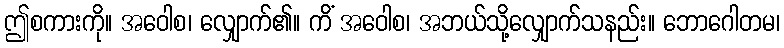
ဤစကားကို။ အဝေါစ၊ လျှောက်၏။ ကိံ အဝေါစ၊ အဘယ်သို့လျှောက်သနည်း။ ဘောဂေါတမ၊